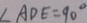
\angle A D E = 9 0 ^ { \circ }